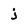
Character: j